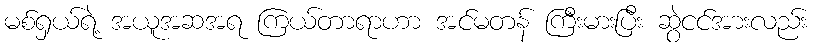
မစ်ရှယ်ရဲ့ အယူအဆအရ ကြယ်တာရာဟာ အင်မတန် ကြီးမားပြီး ဆွဲငင်အားလည်း